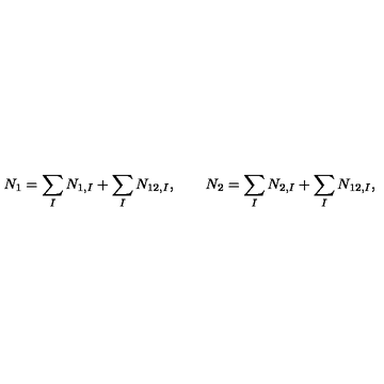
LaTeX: N _ { 1 } = \sum _ { I } N _ { 1 , I } + \sum _ { I } N _ { 1 2 , I } , \qquad N _ { 2 } = \sum _ { I } N _ { 2 , I } + \sum _ { I } N _ { 1 2 , I } ,